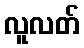
လူလတ်